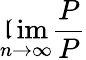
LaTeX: \operatorname*{\mathfrak{l}im}_{n\to\infty}{\frac{{P}}{{P}}}